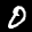
Label: 0